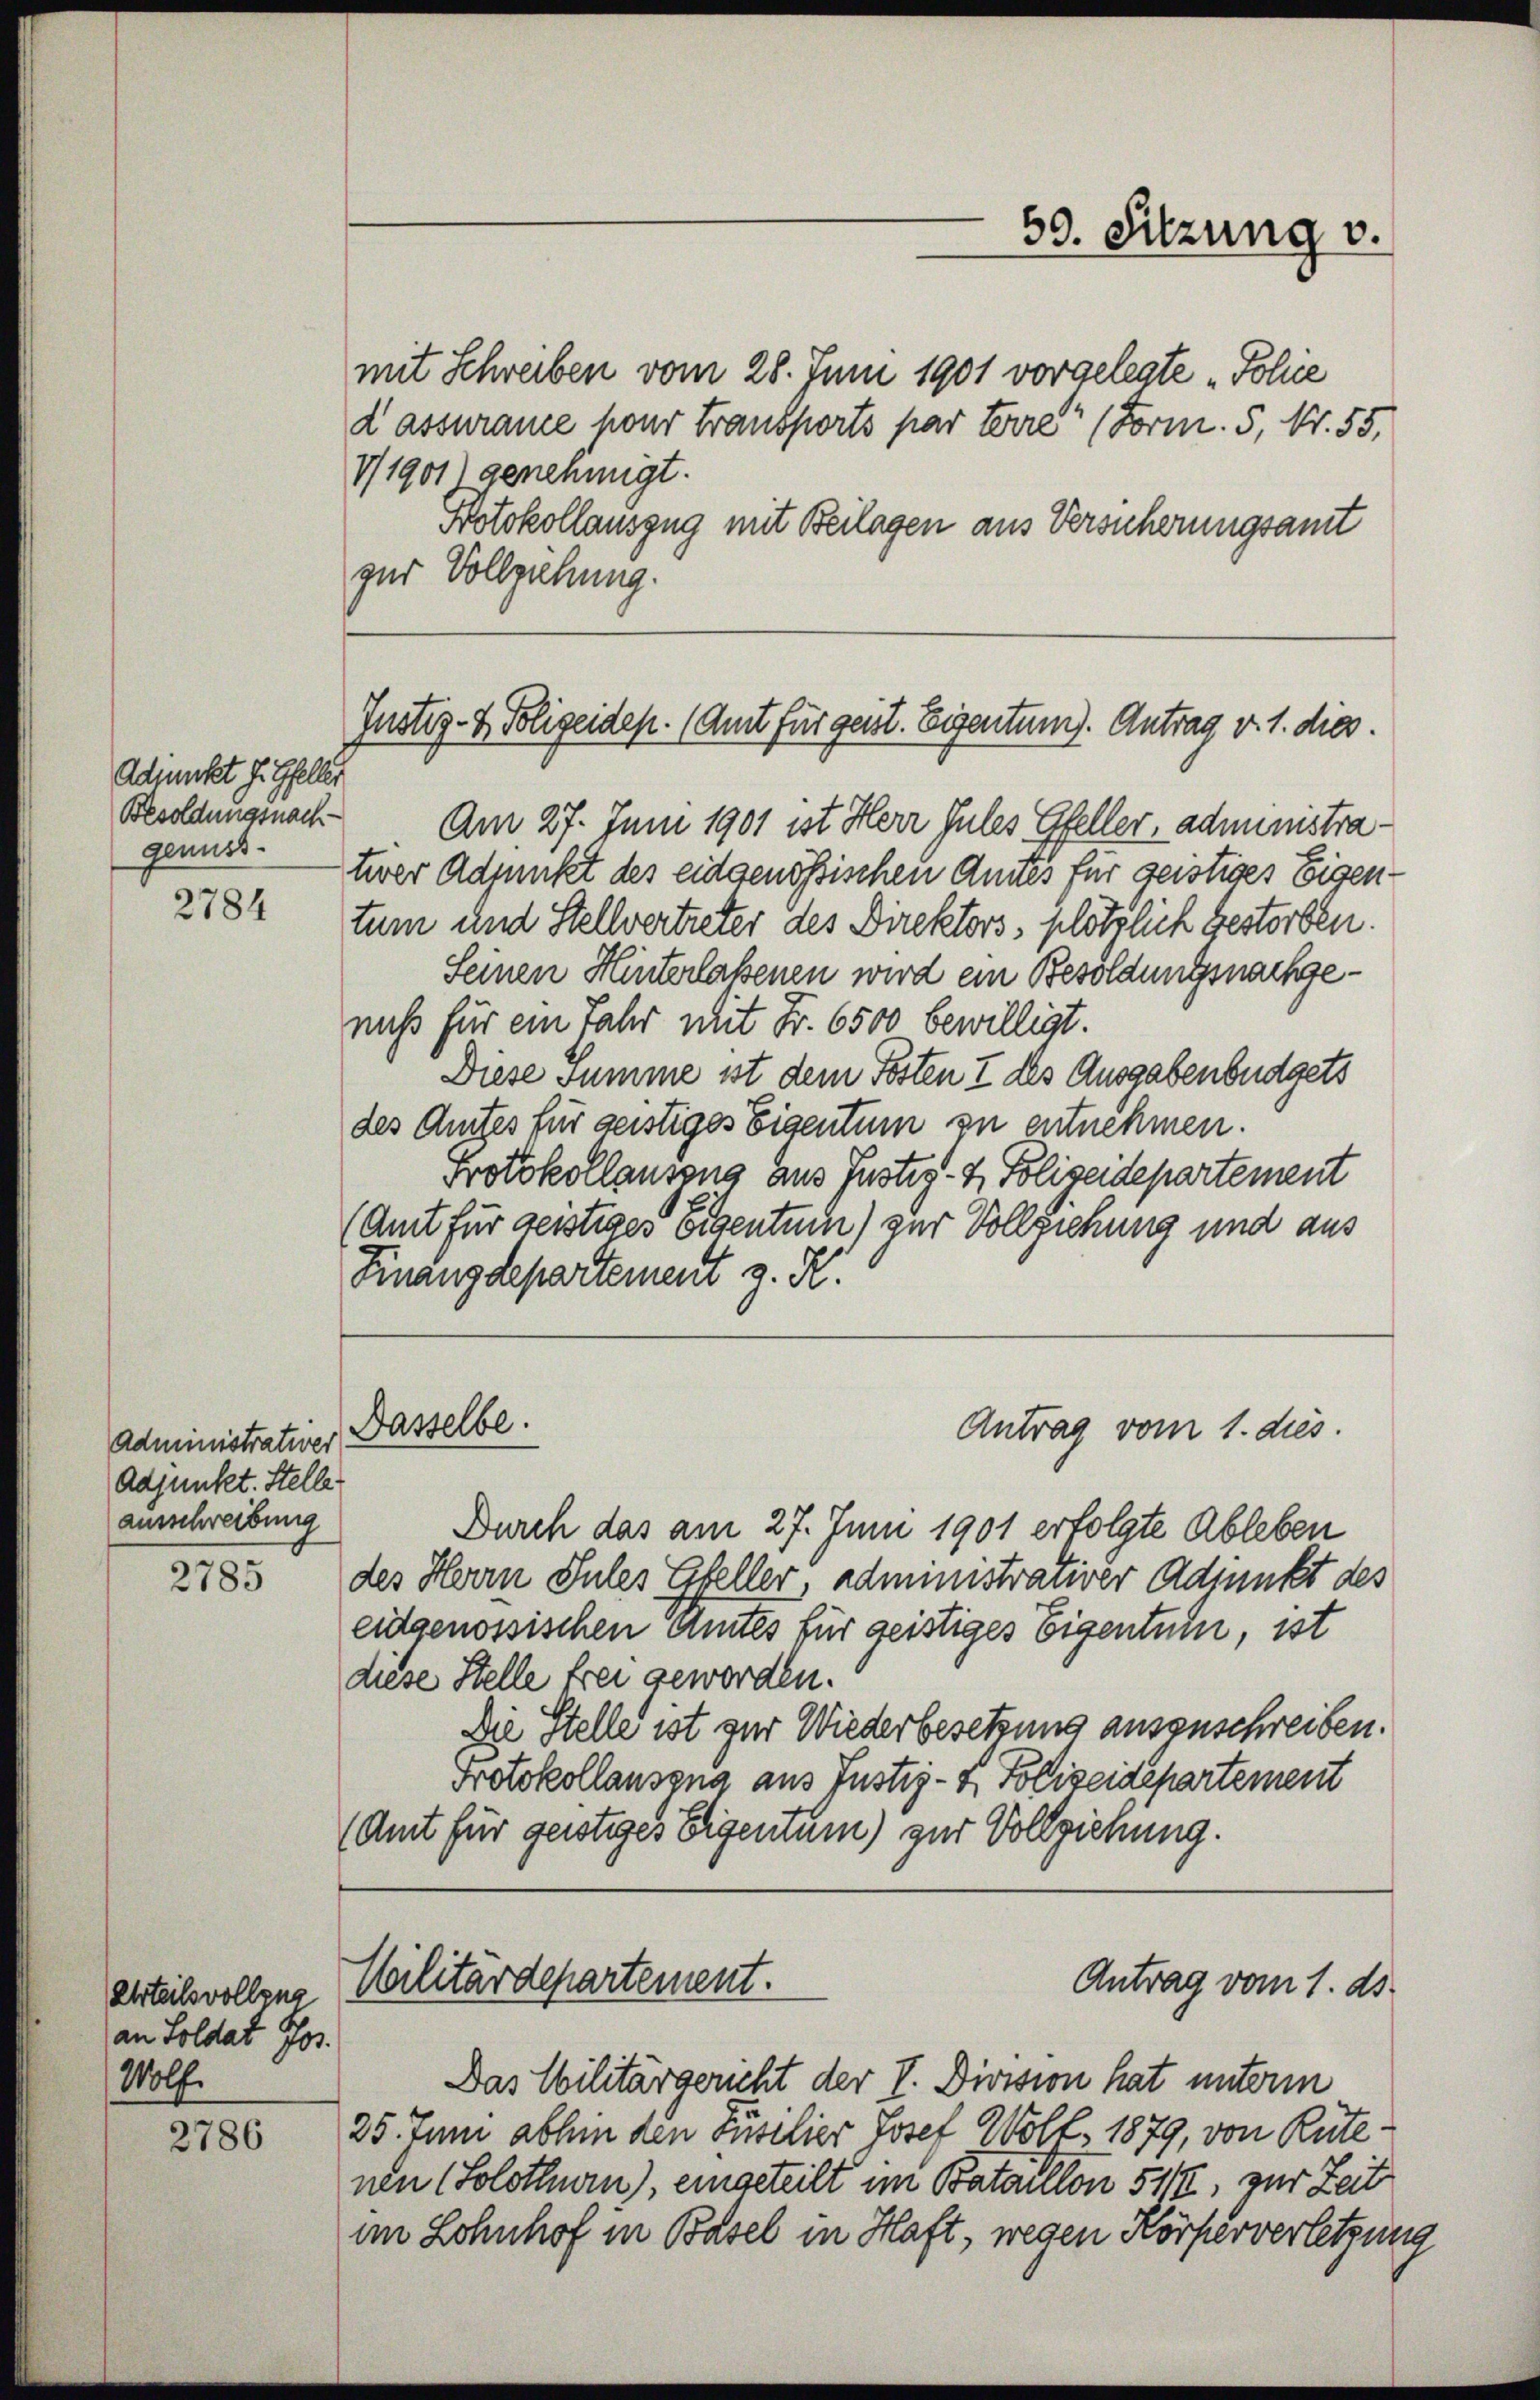
59. Sitzung v.

mit Schreiben vom 28. Juni 1901 vorgelegte „Folne
d assurance pour transports par terre (Form. 5, Nr. 55,
V/1901) genehmigt.
Protokollauszug mit Beilagen aus Versicherungsamt
zur Vollziehung.

Justiz- & Polizeidep. (Amt für geist. Eigentum). Antrag v. 1. dies

Adjunkt J. Gfeller
Besoldungsnach
genuss.

Am 27. Juni 1901 ist Herr Jules Gfeller, administratwer Adjunkt des eidgenössischen Amtes für geistiges Eigentum und Stellvertreter des Direktors, plötzlich gestorben.
Seinen Hinterlassenen wird ein Besoldungsnachgenicht für ein Jahr mit Fr. 6500 bewilligt.
Diese Summe ist dem Posten I des Ausgabenbüdgets
des Amtes für geistiges Eigentum zu entnehmen.
Protokollausung aus Justiz- & Polizeidepartement
(Amt für geistiges eigentum) zur Vollziehung und aus
Antrag vom 1. dies
Durch das am 27. Juni 1901 erfolgte Ableben
des Herr Sules Gfeller, administrativer Adjunkt des
eidgenössischen Amtes für geistiges Eigentum, ist
diese Stelle frei geworden.
Die Stelle ist zur Wiederbesetzung ausenschreiben.
Protokollausung aus Justiz- & Polizeidepartement
(Amt für geistiges Eigentum) zur Vollziehung.

2784

Finanzdepartement z. K.

Administrativer Basselbe.
Adjunkt. Stelle
ausschreibung

2785

Militärdepartement.

Antrag vom 1. ds.

Das Militärgericht der I. Division hat unterm
25. Juni abhin den Füsilier Josef Woll 1879, von Rütenen (Solothurn), eingeteilt im Bataillon 5 1/2, zur Zeit
im Lohnhof in Basel in Haft, wegen Körperverletzung

Urteilsvollzug
an Soldat Jos.
Wolf.

2786